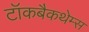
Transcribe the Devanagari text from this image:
टॉकबैकथेम्स